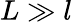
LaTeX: L\gg l